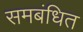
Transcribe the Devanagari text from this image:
समबंधित